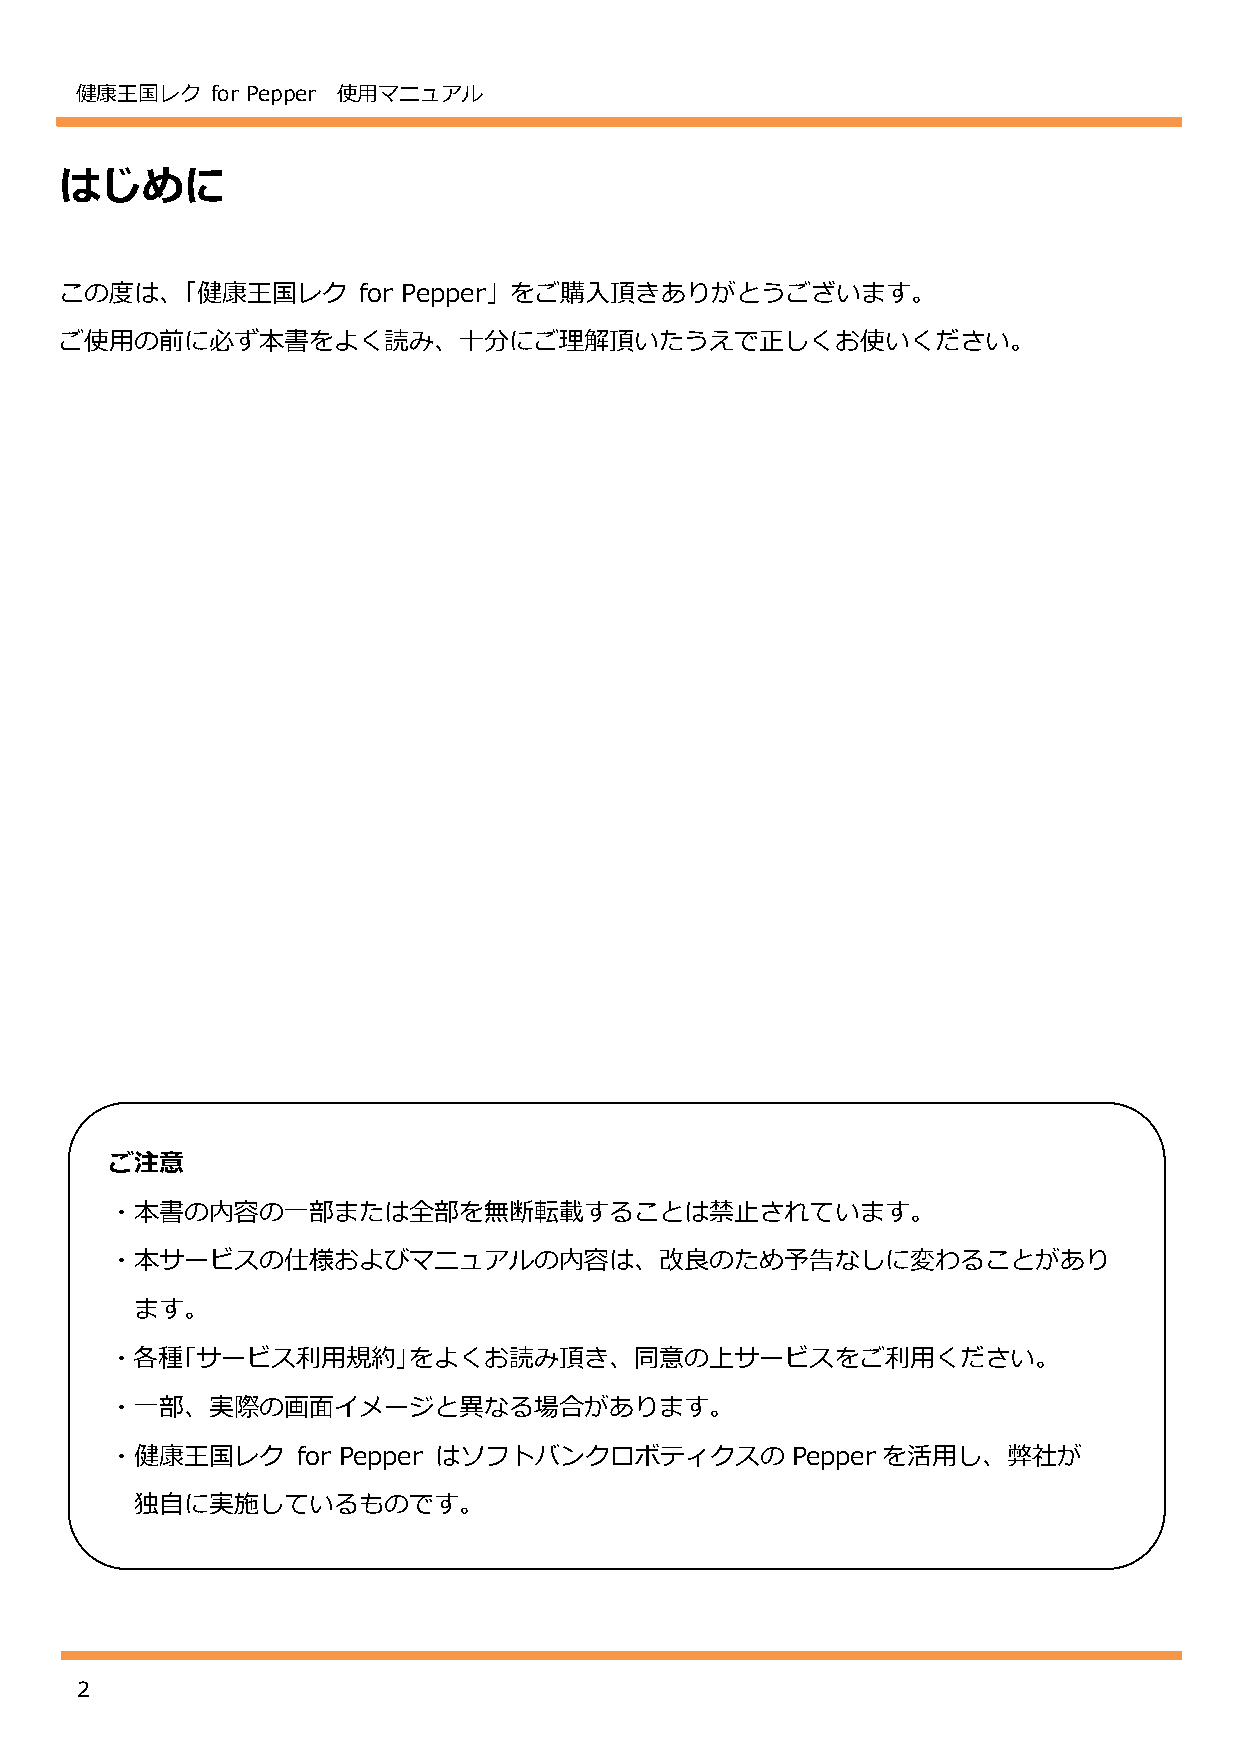
健康王国レク   for Pepper 使用マニュアル
 はじめに
 この度は、「健康王国レク        for Pepper」をご購入頂きありがとうございます。
 ご使用の前に必ず本書をよく読み、十分にご理解頂いたうえで正しくお使いください。
 ご注意
 ・本書の内容の一部または全部を無断転載することは禁止されています。
 ・本サービスの仕様およびマニュアルの内容は、改良のため予告なしに変わることがあり
 ます。
 ・各種｢サービス利用規約｣をよくお読み頂き、同意の上サービスをご利用ください。
 ・一部、実際の画面イメージと異なる場合があります。
 ・健康王国レク      for Pepper はソフトバンクロボティクスの       Pepperを活用し、弊社が
 独自に実施しているものです。
 2